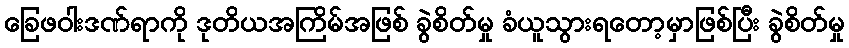
ခြေဖဝါးဒဏ်ရာကို ဒုတိယအကြိမ်အဖြစ် ခွဲစိတ်မှု ခံယူသွားရတော့မှာဖြစ်ပြီး ခွဲစိတ်မှု